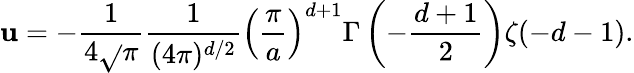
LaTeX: \mathbf{u}=-{\frac{{1}}{{4\sqrt{}{\pi}}}}{\frac{{1}}{{(4\pi)^{d/2}}}}\left({\frac{{\pi}}{{a}}}\right)^{d+1}\Gamma\left(-{\frac{{d+1}}{{2}}}\right)\zeta(-d-1).